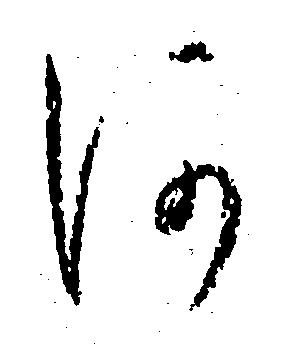
阿